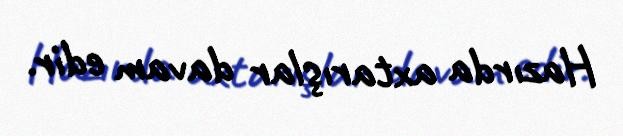
Hazırda axtarışlar davam edir.